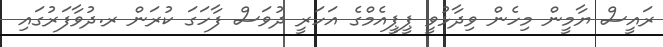
ރައީސް ޔާމީން މިހެން ވިދާޅުވީ ޕީޕީއެމްގެ އަހަރީ ދުވަސް ފާހަގަ ކުރަން ރ.ދުވާފަރުގައި